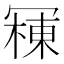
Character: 𱏾